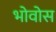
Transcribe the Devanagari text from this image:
भोवोस